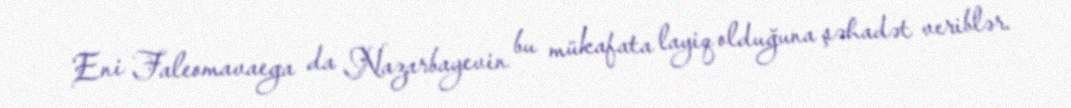
Eni Faleomavaega da Nazarbayevin bu mükafata layiq olduğuna şəhadət veriblər.